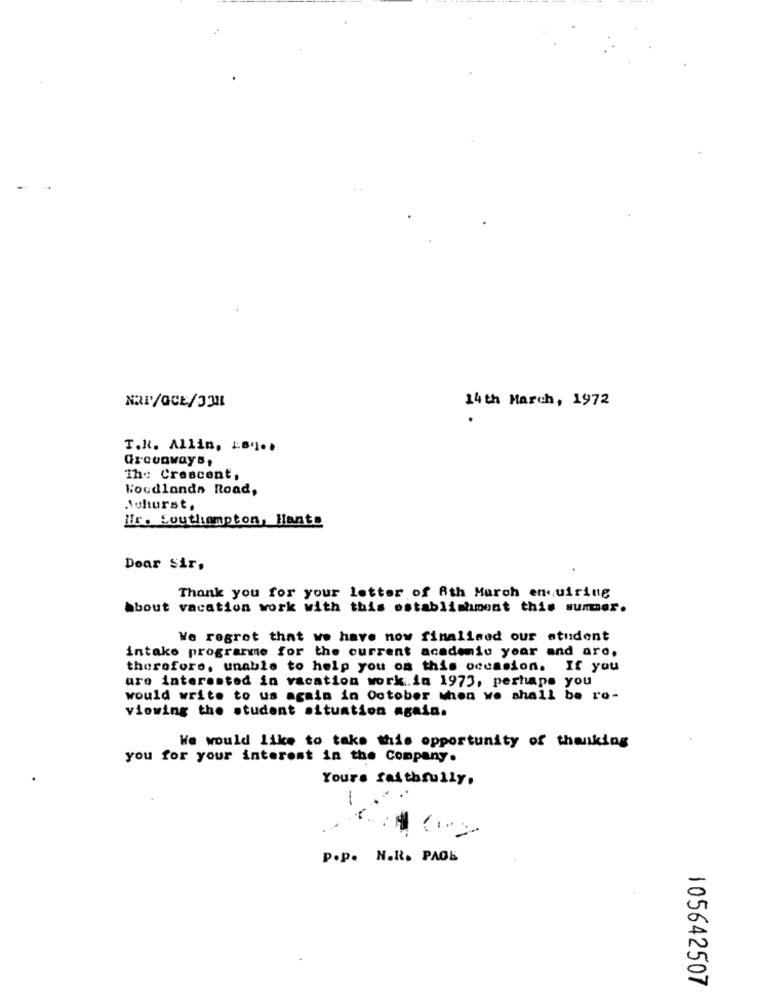
14th March, 1972
T.R. Allin, 18 ...
Grovaways,
1h: Crescent,
Woodlands Road,
Suhurst,
lir. Southampton, Hante
Dear Sir,
Thank you for your letter of 8th March enquiring
bbout vacation work with this establishment this summer.
We regret that we have now finalised our student
intako programme for the current academic year and ard.
therefore, unable to help you on this occasion. If you
are interested in vacation work.in 1973, perhaps you
would write to us again in October when we shall be ro-
viewing the student situation again.
We would like to take this opportunity of thanking
you for your interest in the Company.
Yours faithfully,
P.p. N.R. PAOL
105642507